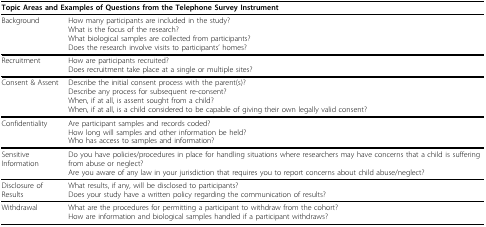
<table><thead><tr><td colspan="2"><b>Topic Areas and Examples of Questions from the Telephone Survey Instrument</b></td></tr></thead><tbody><tr><td>Background</td><td>How many participants are included in the study?What is the focus of the research?What biological samples are collected from participants?Does the research involve visits to participants&#x27; homes?</td></tr><tr><td>Recruitment</td><td>How are participants recruited?Does recruitment take place at a single or multiple sites?</td></tr><tr><td>Consent &amp; Assent</td><td>Describe the initial consent process with the parent(s)?Describe any process for subsequent re-consent?When, if at all, is assent sought from a child?When, if at all, is a child considered to be capable of giving their own legally valid consent?</td></tr><tr><td>Confidentiality</td><td>Are participant samples and records coded?How long will samples and other information be held?Who has access to samples and information?</td></tr><tr><td>Sensitive Information</td><td>Do you have policies/procedures in place for handling situations where researchers may have concerns that a child is suffering from abuse or neglect?Are you aware of any law in your jurisdiction that requires you to report concerns about child abuse/neglect?</td></tr><tr><td>Disclosure of Results</td><td>What results, if any, will be disclosed to participants?Does your study have a written policy regarding the communication of results?</td></tr><tr><td>Withdrawal</td><td>What are the procedures for permitting a participant to withdraw from the cohort?How are information and biological samples handled if a participant withdraws?</td></tr></tbody></table>